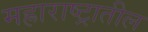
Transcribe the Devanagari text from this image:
मह्राराष्ट्रातील